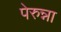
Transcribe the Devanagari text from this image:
पेरुन्ना